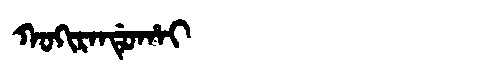
Manchu: ᡴᠣᡴᡳᡵᠠᠨᡩᡠᡥᠠᡳ
Romanization: KOKIRANDUHAI